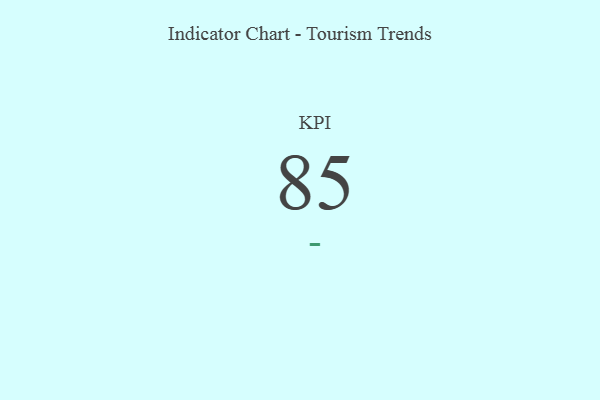
{"axis": {"x": "KPI", "y": "Value"}, "legend": [""], "data": [{"x": "KPI", "y": 85, "type": ""}]}